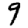
Digit: 9